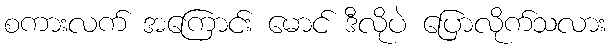
စကားလက် အကြောင်း မောင် ဒီလိုပဲ ပြောလိုက်သလား